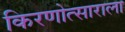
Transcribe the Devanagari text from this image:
किरणोत्साराला